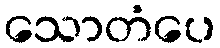
သောတံပေ